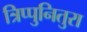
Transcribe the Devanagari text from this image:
त्रिप्पुनितुरा